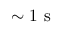
\sim 1 \mathrm { ~ s ~ }